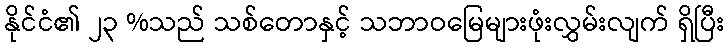
နိုင်ငံ၏ ၂၃ %သည် သစ်တောနှင့် သဘာဝမြေများဖုံးလွှမ်းလျက် ရှိပြီး